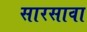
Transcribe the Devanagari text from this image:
सारसावा